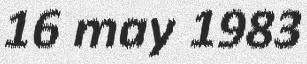
16 may 1983